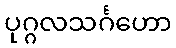
ပုဂ္ဂလသင်္ဂဟော